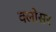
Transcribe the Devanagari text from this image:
क्लोसर